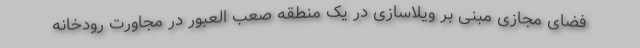
فضای مجازی مبنی بر ویلاسازی در یک منطقه صعب العبور در مجاورت رودخانه